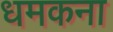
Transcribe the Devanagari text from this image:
धमकना